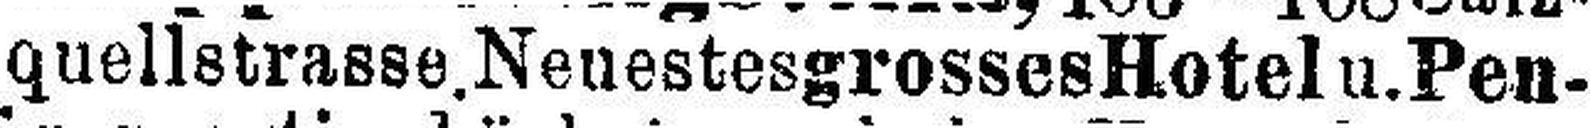
quellstrasse. Neuestesgrosses Hotel u. Pen¬